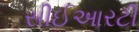
સીઈઆરટી